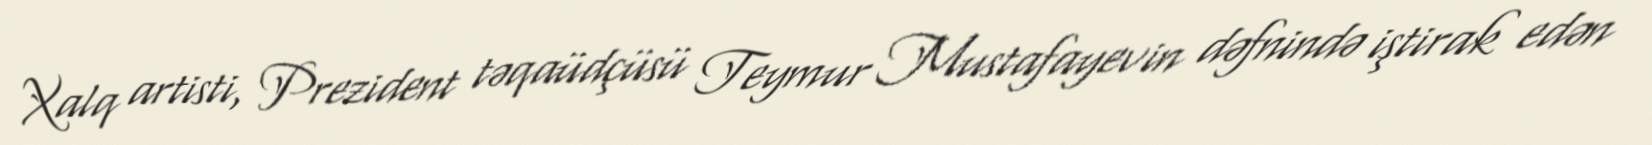
Xalq artisti, Prezident təqaüdçüsü Teymur Mustafayevin dəfnində iştirak edən